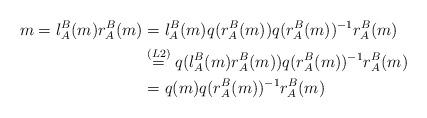
LaTeX: \begin{align*}m=l^B_A(m) r^B_A(m)&=l^B_A(m) q(r^B_A(m))q(r^B_A(m))^{-1} r^B_A(m)\\&\stackrel{(L2)}=q(l^B_A(m) r^B_A(m)) q(r^B_A(m))^{-1} r^B_A(m)\\&=q(m)q(r^B_A(m))^{-1} r^B_A(m)\end{align*}